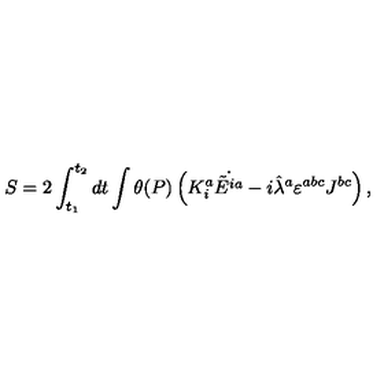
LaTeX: S = 2 \int _ { t _ { 1 } } ^ { t _ { 2 } } d t \int \theta ( P ) \left( K _ { i } ^ { a } \dot { \tilde { E } ^ { i a } } - i \hat { \lambda } ^ { a } \varepsilon ^ { a b c } J ^ { b c } \right) ,